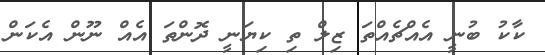
ކާކު ބުނީ އެއްޗެއްތަ ޒިލް ތި ކިޔަނީ ދޮންތަ އެއް ނޫން އެކަން